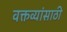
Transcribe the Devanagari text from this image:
वक्तव्यांसाठी